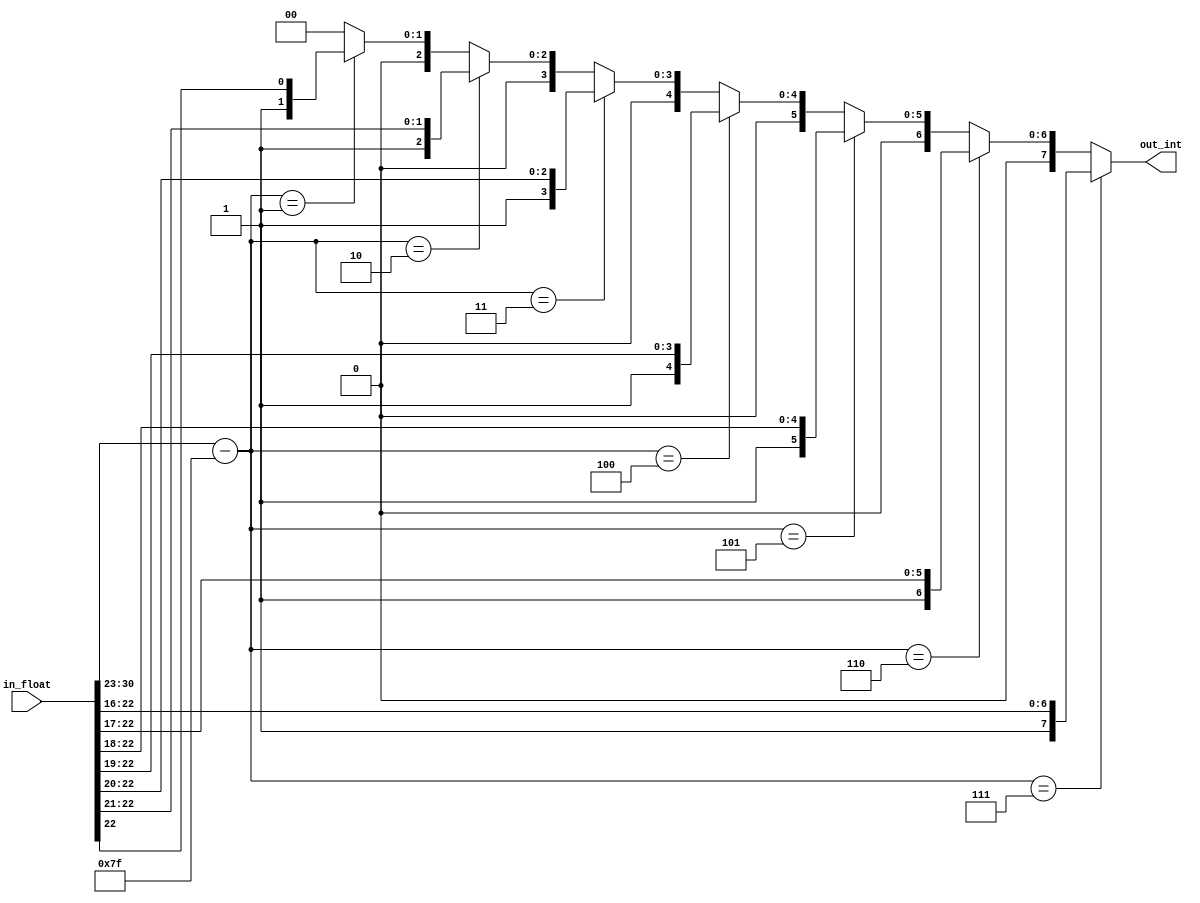
module floattoint(in_float,out_int);

input [31:0] in_float;
output [7:0] out_int;

wire [7:0] exponent;

assign exponent = in_float[30:23] - 8'd127;

assign out_int = (exponent == 8'd7) ? {1'd1,in_float[22:16]} :
                 (exponent == 8'd6) ? {2'd1,in_float[22:17]} :
					  (exponent == 8'd5) ? {3'd1,in_float[22:18]} :
					  (exponent == 8'd4) ? {4'd1,in_float[22:19]} :
					  (exponent == 8'd3) ? {5'd1,in_float[22:20]} :
					  (exponent == 8'd2) ? {6'd1,in_float[22:21]} :
					  (exponent == 8'd1) ? {7'd1,in_float[22]} : 8'd0;
endmodule